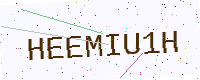
Text: HEEMIU1H